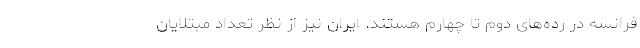
فرانسه در رده‌های دوم تا چهارم هستند. ایران نیز از نظر تعداد مبتلایان